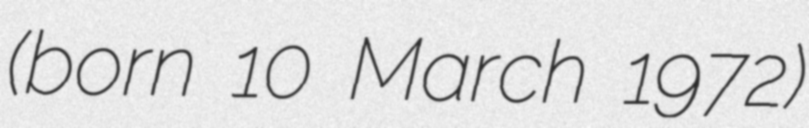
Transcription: (born 10 March 1972)